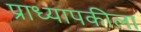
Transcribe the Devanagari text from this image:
प्राध्यापकीला